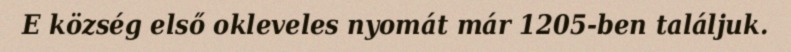
E község első okleveles nyomát már 1205-ben találjuk.